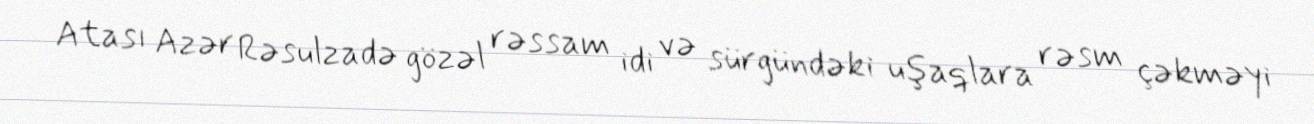
Atası Azər Rəsulzadə gözəl rəssam idi və sürgündəki uşaqlara rəsm çəkməyi